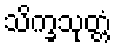
သိက္ခသုတ္တံ